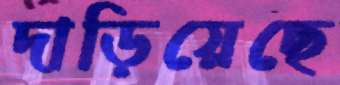
দাড়িয়েছে